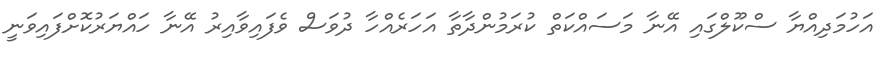
އަހުމަދިއްޔާ ސްކޫލްގައި އޭނާ މަސައްކަތް ކުރަމުންދާތާ އަހަރެއްހާ ދުވަސް ވެފައިވާއިރު އޭނާ ހައްޔަރުކޮށްފައިވަނީ